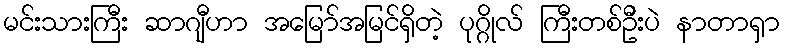
မင်းသားကြီး ဆာဂျီဟာ အမြော်အမြင်ရှိတဲ့ ပုဂ္ဂိုလ် ကြီးတစ်ဦးပဲ နာတာရှာ